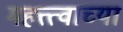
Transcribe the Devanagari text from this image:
महत्त्त्वाच्या